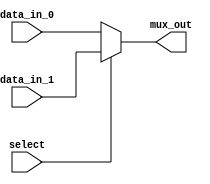
module mux_2to1 (
    input wire data_in_0,
    input wire data_in_1,
    input wire select,
    output reg mux_out
);

always @(*) begin
    if(select == 1'b0) begin
        mux_out = data_in_0;
    end else begin
        mux_out = data_in_1;
    end
end

endmodule